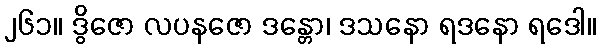
၂၆၁။ ဒွိဇော လပနဇော ဒန္တော၊ ဒသနော ရဒနော ရဒေါ။